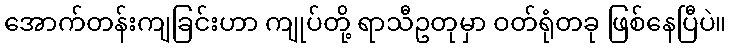
အောက်တန်းကျခြင်းဟာ ကျုပ်တို့ ရာသီဥတုမှာ ဝတ်ရုံတခု ဖြစ်နေပြီပဲ။